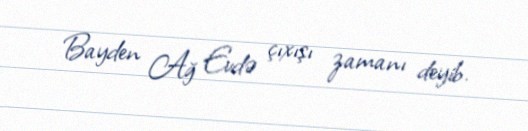
Bayden Ağ Evdə çıxışı zamanı deyib.